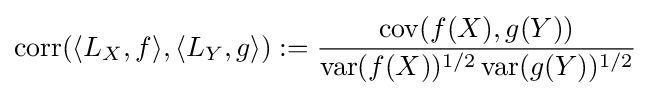
\operatorname {corr} (\langle L_{X},f\rangle ,\langle L_{Y},g\rangle ):={\frac {\operatorname {cov} (f(X),g(Y))}{\operatorname {var} (f(X))^{1/2}\operatorname {var} (g(Y))^{1/2}}}